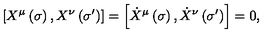
\left[ X ^ { \mu } \left( \sigma \right) , X ^ { \nu } \left( \sigma ^ { \prime } \right) \right] = \left[ \dot { X } ^ { \mu } \left( \sigma \right) , \dot { X } ^ { \nu } \left( \sigma ^ { \prime } \right) \right] = 0 ,